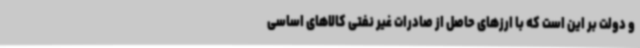
و دولت بر این است که با ارزهای حاصل از صادرات غیر نفتی کالاهای اساسی